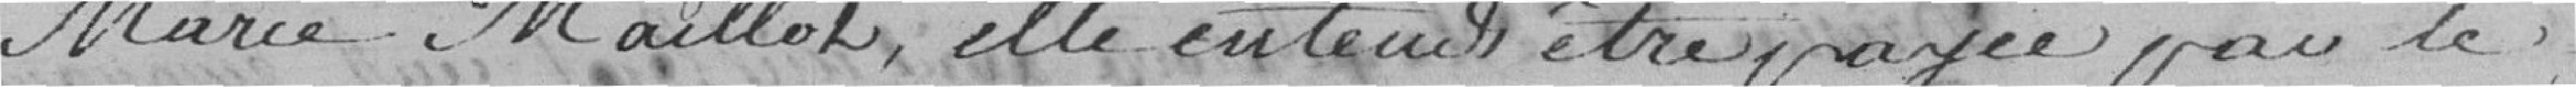
Marie Maillot, elle entend être payée par le